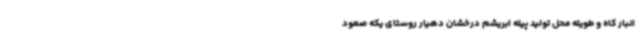
انبار کاه و طویله محل تولید پیله ابریشم درخشان دهیار روستای یکه صعود